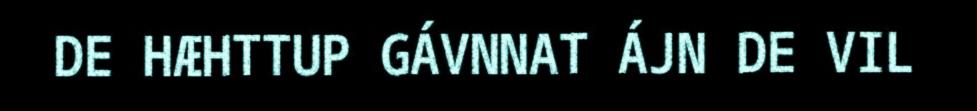
DE HÆHTTUP GÁVNNAT ÁJN DE VIL